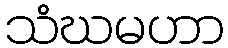
သံဃမဟာ